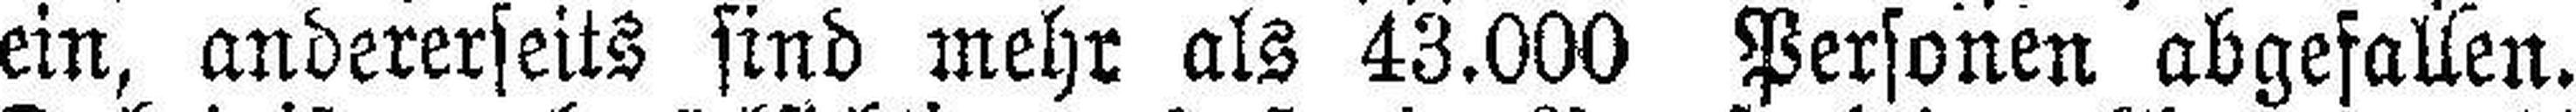
ein, andererseits sind mehr als 43.000 Personen abgefallen.